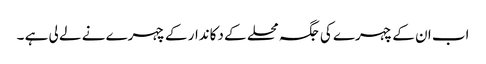
اب ان کے چہرے کی جگہ محلے کے دکاندار کے چہرے نے لے لی ہے ۔